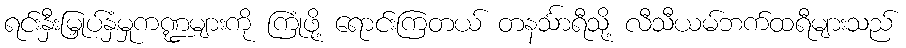
ရင်းနှီးမြှုပ်နှံမှုကဏ္ဍများကို ကြုံဖို့ ရောင်းကြတယ် တနင်္သာရီသို့ လီသီယမ်ဘက်ထရီများသည်